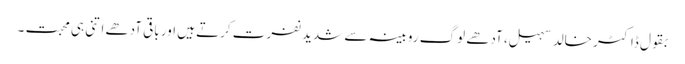
بقول ڈاکٹر خالد سہیل، آدھے لوگ روبینہ سے شدید نفرت کرتے ہیں اور باقی آدھے اتنی ہی محبت ۔